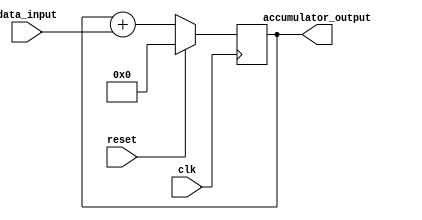
module simple_accumulator (
    input wire clk,
    input wire reset,
    input wire [7:0] data_input,
    output reg [15:0] accumulator_output
);

reg [15:0] accumulator;

always @(posedge clk) begin
    if (reset == 1'b1) begin
        accumulator <= 16'b0;
    end else begin
        accumulator <= accumulator + data_input;
    end
end

assign accumulator_output = accumulator;

endmodule